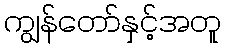
ကျွန်တော်နှင့်အတူ